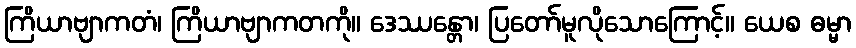
ကြိယာဗျာကတံ၊ ကြိယာဗျာကတကို။ ဒေဿန္တော၊ ပြတော်မူလိုသောကြောင့်။ ယေစ ဓမ္မာ